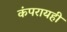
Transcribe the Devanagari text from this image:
कंपरायही